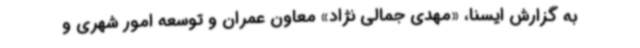
به گزارش ایسنا، «مهدی جمالی نژاد» معاون عمران و توسعه امور شهری و